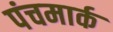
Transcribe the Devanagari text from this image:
पंचमार्क